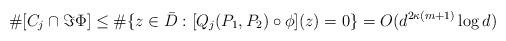
LaTeX: \begin{align*} \# [C_j\cap\Im\Phi] \le \#\{ z\in\bar D: [Q_j(P_1,P_2)\circ\phi](z)=0\} = O(d^{2\kappa(m+1)}\log d) \end{align*}